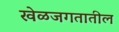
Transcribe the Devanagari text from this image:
खेळजगतातील